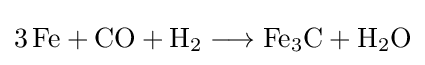
{3\,\mathrm {Fe} {}+{}\mathrm {CO} {}+{}\mathrm {H} {\vphantom {A}}_{\smash[{t}]{2}}{}\mathrel {\longrightarrow } {}\mathrm {Fe} {\vphantom {A}}_{\smash[{t}]{3}}\mathrm {C} {}+{}\mathrm {H} {\vphantom {A}}_{\smash[{t}]{2}}\mathrm {O} }